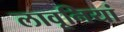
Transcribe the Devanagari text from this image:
लावूनियां